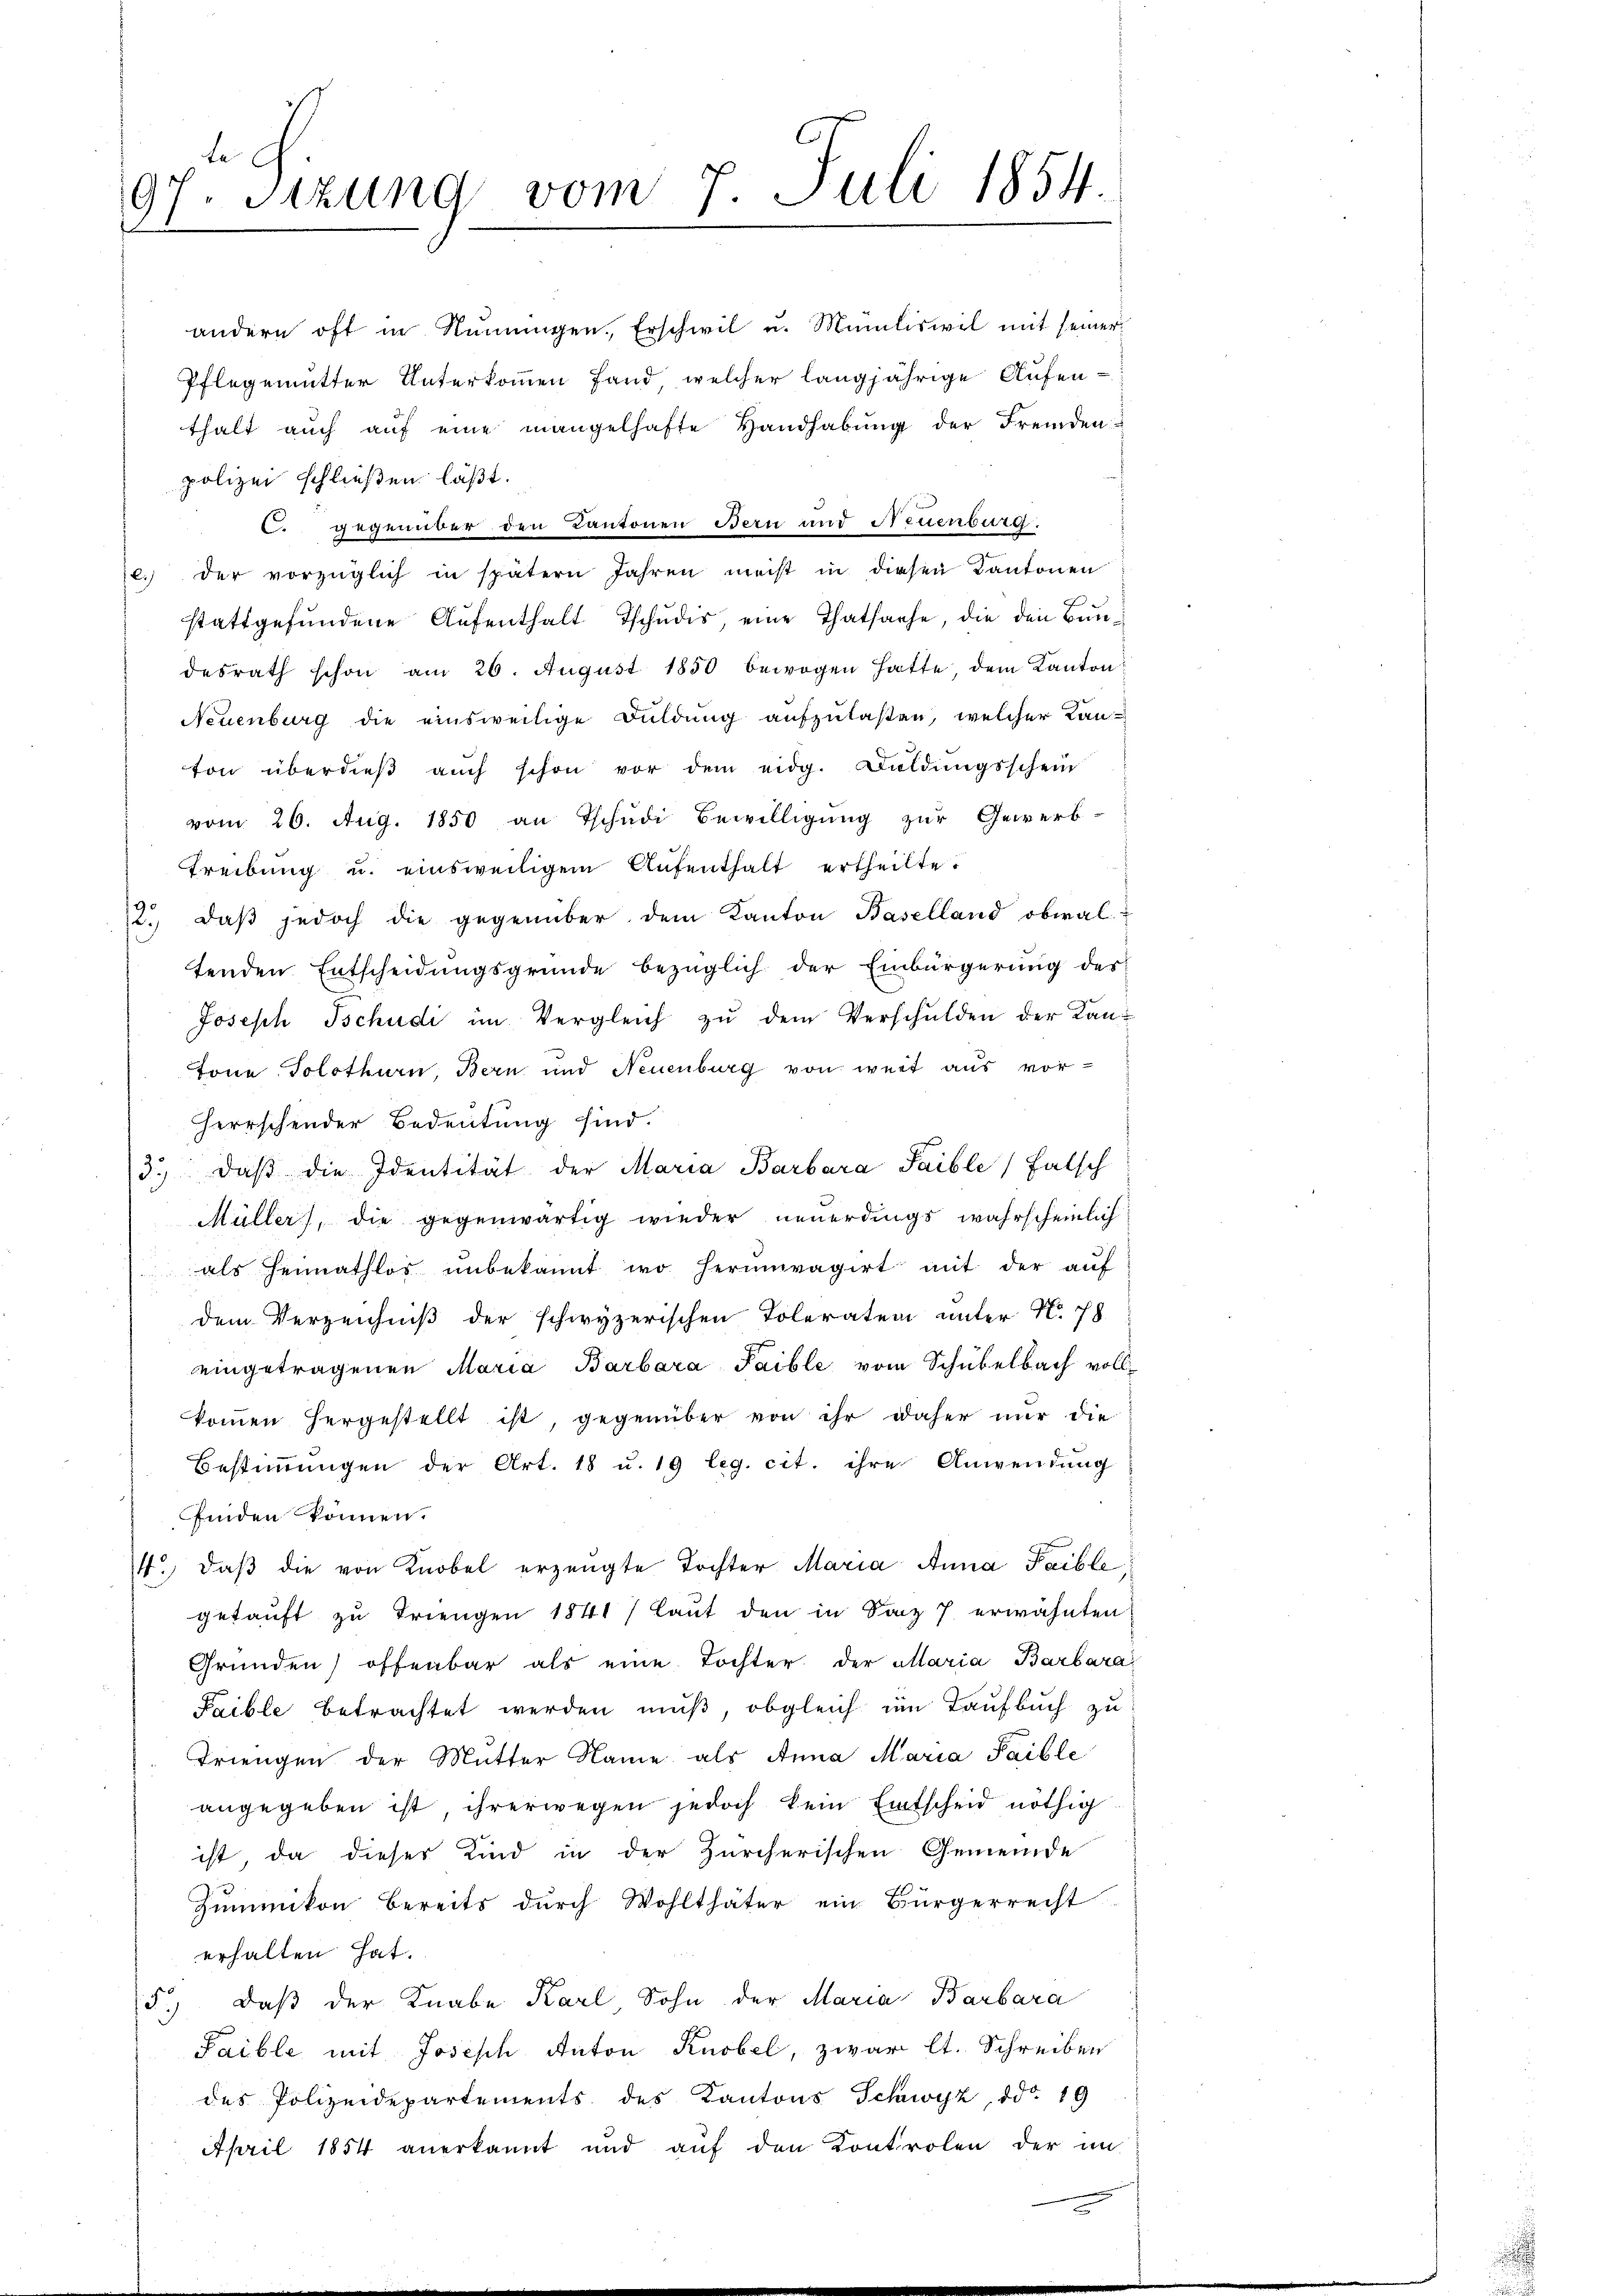
97. Sitzung vom 7. Juli 1854.

andern oft in Namengen. Erschwil u. Müliswil mit seiner
Pflegemutter Unterkommen fand, welcher langjährige Aufenthalt aŭch aŭf eine mangelhafte Handhabŭng der Fremden-
polizei schließen läßt.
C. gegenüber den Kantonen Bern und Neuenburg.
c. der vorzüglich in spätern Jahren meist in diesen Kantonen
stattgefundene Aufenthalt Tschudis, eine Thatsache, die den Bundesrath schon am 20. August 1850 bewogen hatte dem Kanton
Neuenburg die einsweilige Duldung aufzulaßen, welcher Kanton überdieβ aŭch schon vor dem eidg. Baldŭngsschein
vom 26. Aug. 1850 an Tschudi Bewilligung zur Gewerb-
Treibŭng u. einsweiligem Aŭfenthalt ertheilte.
2. daβ jedoch die gegenüber dem Kanton Baselland obwaltenden Entscheidungsgründe bezüglich der Einbürgerung des
Joseph Tschudi im Vergleich zu dem Verschulden der Kan¬
Tone Solothurn, Bern und Neuenburg von weit aus vor¬
Herrschender Bedeutung sind.
3. daβ die Identität der Maria Barbara Saible, falsch
Müller, die gegenwärtig wieder neuerdings wahrscheinlich
als Heimathlos unbekannt wo herumvagirt mit der aŭf
dem Verzeichniß der schwyzerischen Toleratum unter N. 78
eingetragenen Maria Barbara Paible vom Schubelbach vollkoṁen hergestellt ist, gegenüber von ihr daher nur die
Bestiṁŭngen der Art. 18 u. 19 leg. cit. ihre Anwendung
ffinden können.
4. daβ die von Knobel erzeugte Tochter Maria Anna Taible
getauft zu Triengen 1841 7 laut den in Satz 7 erwähnten
Gründen offenbar als eine Tochter der Maria Barbara
Paible betrachtet werden muß, obgleich im Taufbuch zu
Triengen der Mutter Name als Anna Maria Paible
angegeben ist, ihrerwegen jedoch kein Entscheid nöthig
ist, da dieses Kind in der Zürcherischen Gemeinde
Zummikon bereits durch Wohlthäter ein Bürgerrecht
erhalten hat.
5.) Daß der Knabe Karl, Sohn der Maria Barbara
Paible mit Joseph Anton Knobel, zwar lt. Schreiben
des Polizeidepartements des Kantons Schwyz, ddo 19
April 1854 anerkannt und aŭf den Kontrolen der in